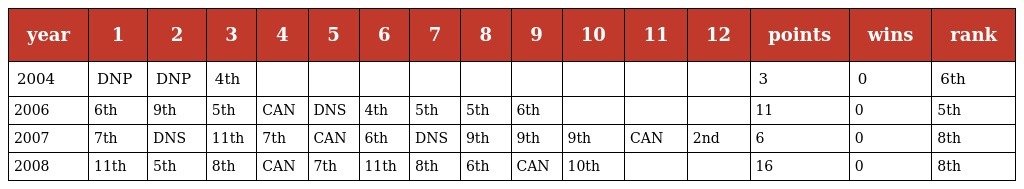
| year | 1 | 2 | 3 | 4 | 5 | 6 | 7 | 8 | 9 | 10 | 11 | 12 | points | wins | rank |
 | --- | --- | --- | --- | --- | --- | --- | --- | --- | --- | --- | --- | --- | --- | --- | --- |
 | 2004 | DNP | DNP | 4th |  |  |  |  |  |  |  |  |  | 3 | 0 | 6th |
 | 2006 | 6th | 9th | 5th | CAN | DNS | 4th | 5th | 5th | 6th |  |  |  | 11 | 0 | 5th |
 | 2007 | 7th | DNS | 11th | 7th | CAN | 6th | DNS | 9th | 9th | 9th | CAN | 2nd | 6 | 0 | 8th |
 | 2008 | 11th | 5th | 8th | CAN | 7th | 11th | 8th | 6th | CAN | 10th |  |  | 16 | 0 | 8th |